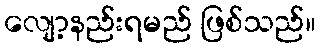
လျော့နည်းရမည် ဖြစ်သည်။